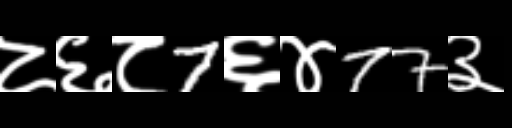
Text: ८६८7६४77३